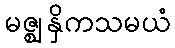
မဇ္ဈနှိကသမယံ